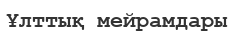
Ұлттық мейрамдары